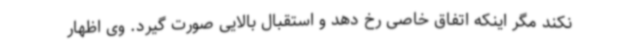
نکند مگر اینکه اتفاق خاصی رخ دهد و استقبال بالایی صورت گیرد. وی اظهار